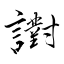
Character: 譵